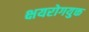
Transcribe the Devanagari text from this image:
क्षयरोगयुक्त